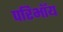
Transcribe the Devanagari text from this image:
परिभाॅय